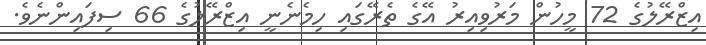
އިޒްރޭލުގެ 72 މީހުން މަރުވިއިރު އޭގެ ތެރޭގައި ހިމެނެނީ އިޒްރޭލުގެ 66 ސިފައިންނެވެ.